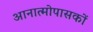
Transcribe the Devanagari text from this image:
आनात्मोपासकों